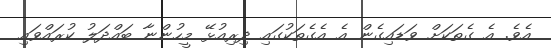
އެވެ. އެ ގެތަކަށް ވަޑައިގެން އެ އެގެތަކުގައި ދިރިއުޅޭ މީހުންނާ ބައްދަލު ކުރައްވައި